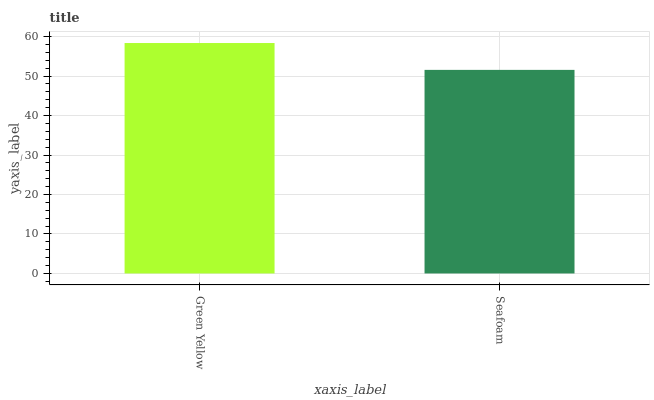
| xaxis_label | bars |
 | --- | --- |
 | Green Yellow | 58.4 |
 | Seafoam | 51.6 |